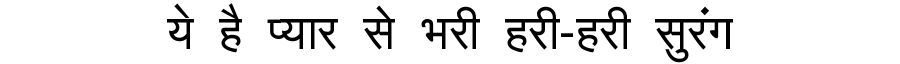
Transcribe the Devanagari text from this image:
ये है प्यार से भरी हरी-हरी सुरंग